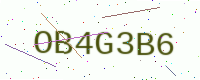
Text: OB4G3B6